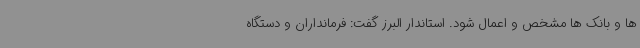
ها و بانک ها مشخص و اعمال شود. استاندار البرز گفت: فرمانداران و دستگاه